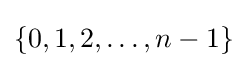
\{0,1,2,\ldots ,n-1\}